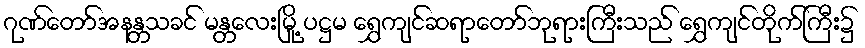
ဂုဏ်တော်အနန္တသခင် မန္တလေးမြို့ ပဋ္ဌမ ရွှေကျင်ဆရာတော်ဘုရားကြီးသည် ရွှေကျင်တိုက်ကြီး၌